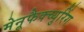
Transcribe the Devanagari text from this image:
मेनूफैक्च्युरिंग